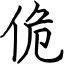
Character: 佹